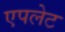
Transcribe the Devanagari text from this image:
एपलेट